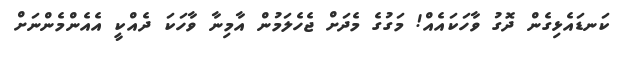
ކަނޑައެޅިގެން ދޮގު ވާހަކައެއް! މަގުގެ މެދަށް ޖެހެލަމުން އާމިނާ ވާހަކަ ދެއްކީ އެއެންމެންނަށް